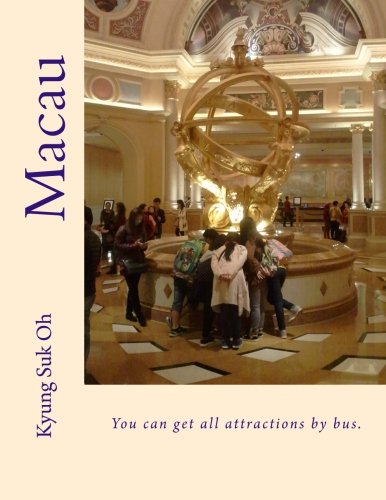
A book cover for Macau: You can get all attractions by bus.; Kyung Suk Oh; Travel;